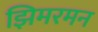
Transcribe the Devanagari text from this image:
झिमरमन